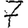
Digit: 7